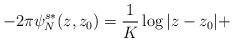
LaTeX: \begin{align*}-2\pi\psi^{s*}_N(z,z_0)=\frac{1}{K}\log|z-z_0|+\end{align*}